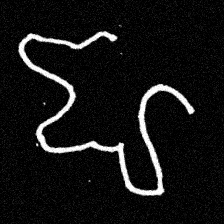
Pyu character \u2014 Myanmar letter: ဈ (romanized: jha)